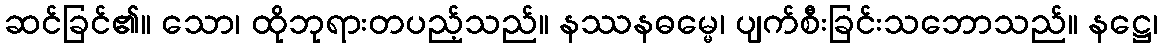
ဆင်ခြင်၏။ သော၊ ထိုဘုရားတပည့်သည်။ နဿနဓမ္မေ၊ ပျက်စီးခြင်းသဘောသည်။ နဋ္ဌေ၊